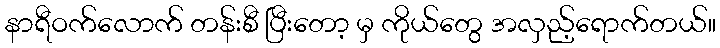
နာရီဝက်လောက် တန်းစီ ပြီးတော့ မှ ကိုယ်တွေ အလှည့်ရောက်တယ်။